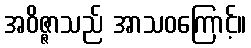
အဝိဇ္ဇာသည် အာသဝကြောင့်။